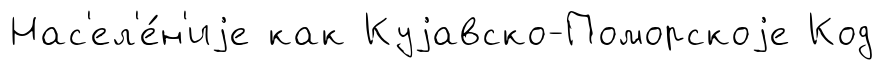
Нас'ел'е́н'иjе как Куjавско-Поморскоjе Код